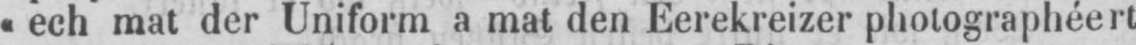
«ech mat der Uniform a mat den Éerekreizer photographéert